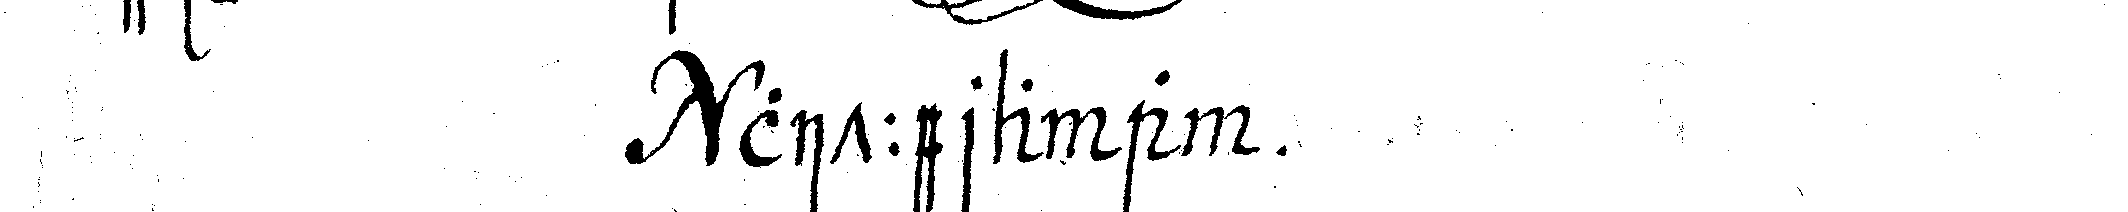
littera a .